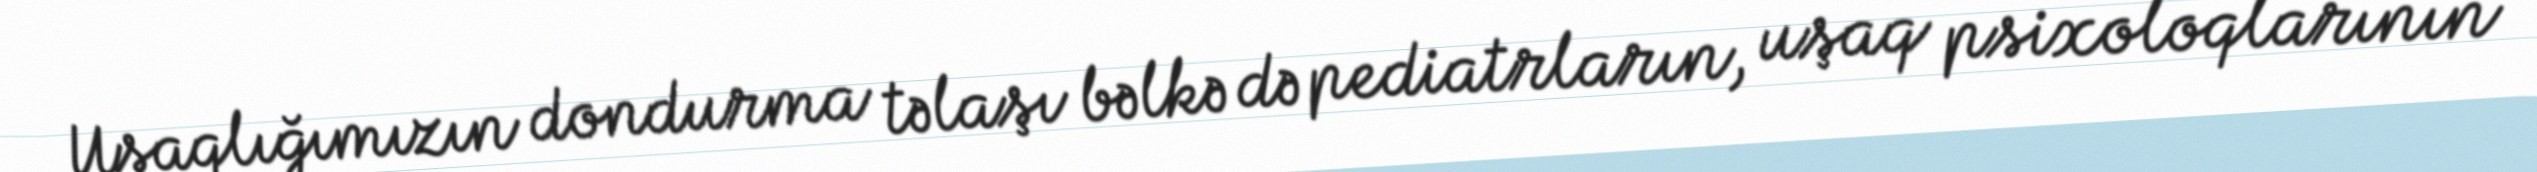
Uşaqlığımızın dondurma təlaşı bəlkə də pediatrların, uşaq psixoloqlarının